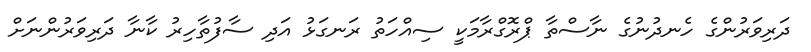
ދަރިވަރުންގެ ހެނދުނުގެ ނާސްތާ ޕްރޮގްރާމަކީ ސިއްހަތު ރަނގަޅު އަދި ސާފުތާހިރު ކާނާ ދަރިވަރުންނަށް